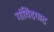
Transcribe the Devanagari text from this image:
गांविंदपाद